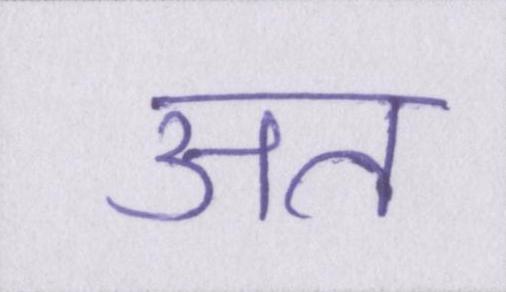
अत